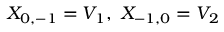
X _ { 0 , - 1 } = V _ { 1 } , \ X _ { - 1 , 0 } = V _ { 2 }